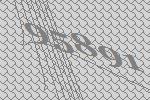
95891